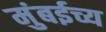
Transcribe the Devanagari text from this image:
मुंबईच्य